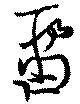
留